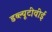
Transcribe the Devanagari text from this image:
डब्ल्यूटीवीई